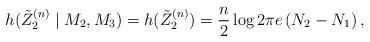
LaTeX: \begin{align*}h(\tilde{Z}_2^{(n)}\mid M_2,M_3)=h(\tilde{Z}_2^{(n)})=\frac{n}{2} \log 2 \pi e\left(N_2-N_1\right),\end{align*}